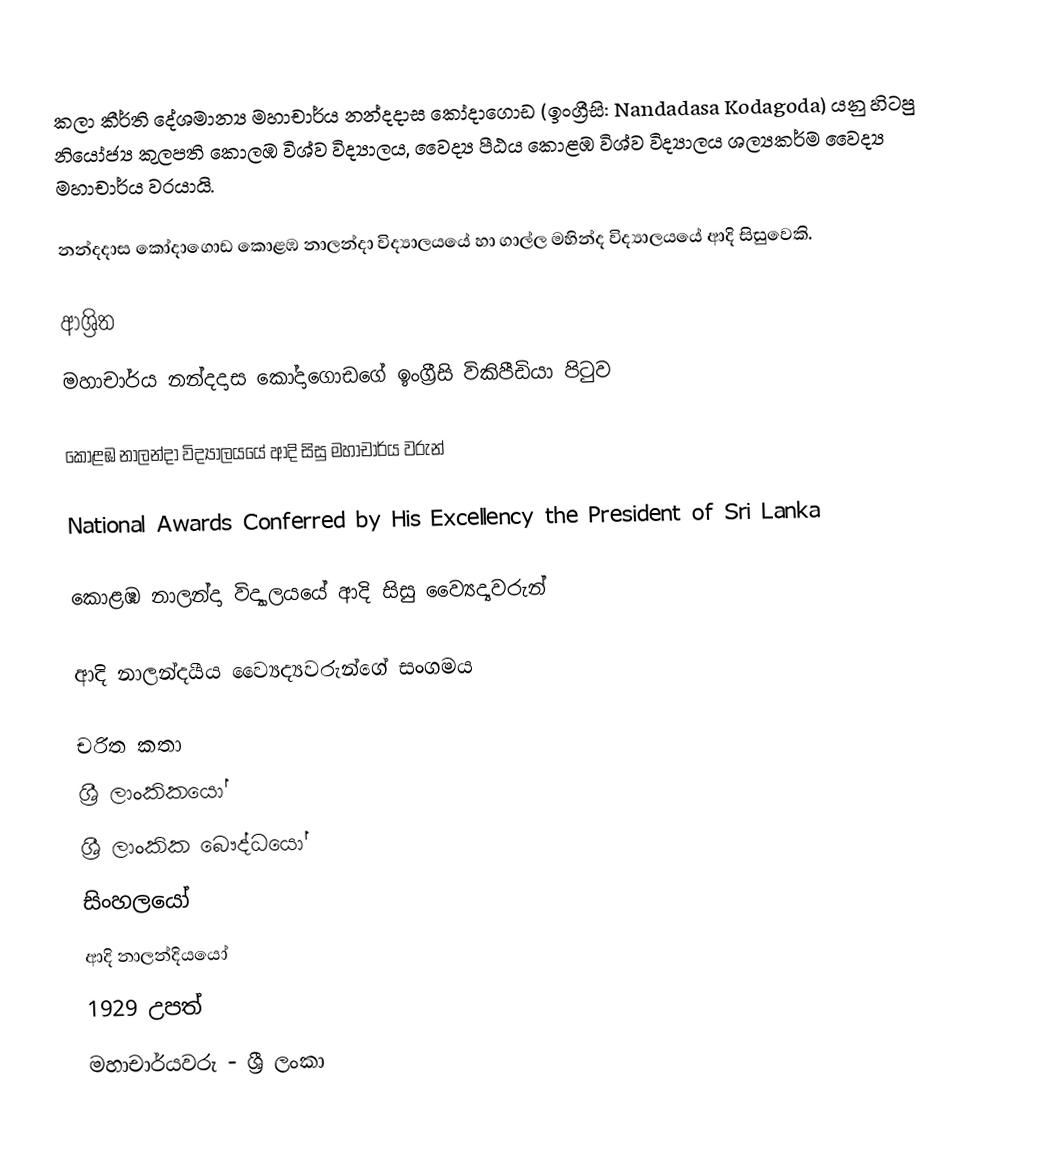
කලා කීර්ති දේශමාන්‍ය මහාචාර්ය නන්දදාස කෝදාගොඩ  (ඉංග්‍රීසි: Nandadasa Kodagoda) යනු   හිටපු නියෝජ්‍ය කුලපති කොලඹ විශ්ව විද්‍යාලය,  වෛද්‍ය පීඨය කොළඹ විශ්ව විද්‍යාලය ශල්‍යකර්ම වෛද්‍ය මහාචාර්ය  වරයායි.

නන්දදාස කෝදාගොඩ  කොළඹ නාලන්දා විද්‍යාලයයේ හා ගාල්ල මහින්ද විද්‍යාලයයේ ආදි සිසුවෙකි.

ආශ්‍රිත
  මහාචාර්ය නන්දදාස කෝදාගොඩගේ ඉංග්‍රීසි විකිපීඩියා පිටුව

 කොළඹ නාලන්දා විද්‍යාලයයේ ආදි සිසු මහාචාර්ය වරුන්

 National Awards Conferred by His Excellency the President of Sri Lanka

 කොළඹ නාලන්දා විද්‍යාලයයේ ආදි සිසු ව්‍යෛද්‍යවරුන්

 ආදි නාලන්දයීය ව්‍යෛද්‍යවරුන්ගේ සංගමය

චරිත කතා
ශ්‍රී ලාංකිකයෝ
ශ්‍රී ලාංකික බෞද්ධයෝ
සිංහලයෝ
ආදි නාලන්දියයෝ
1929 උපත්
මහාචාර්යවරු - ශ්‍රී ලංකා